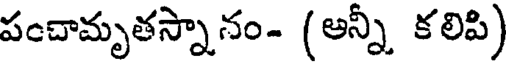
పంచామృతస్నానం- (అన్నీ కలిపి)